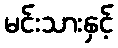
မင်းသားနှင့်